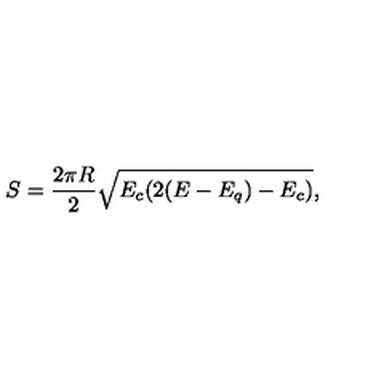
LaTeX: S = \frac { 2 \pi R } { 2 } \sqrt { E _ { c } ( 2 ( E - E _ { q } ) - E _ { c } ) } ,